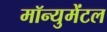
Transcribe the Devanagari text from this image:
मॉन्युमेंटल